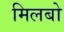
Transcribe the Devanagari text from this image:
मिलबो